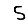
Digit: 5